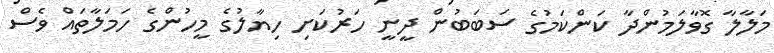
މަލާލާ ގޮވާލަމުންދާ ކަންކަމުގެ ސަބަބުން ދީނީ ހަރުކަށި ހިޔާލުގެ މީހުންގެ ހަމަލާތައް ވެސް